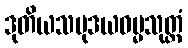
ဒုတိယသမုဒယဓမ္မသုတ္တံ